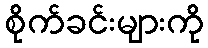
စိုက်ခင်းများကို